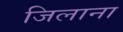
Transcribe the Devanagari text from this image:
जिलाना